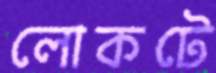
লোকটে